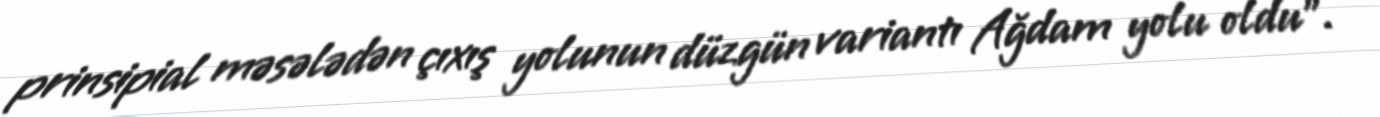
prinsipial məsələdən çıxış yolunun düzgün variantı Ağdam yolu oldu".